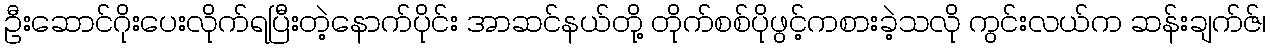
ဦးဆောင်ဂိုးပေးလိုက်ရပြီးတဲ့နောက်ပိုင်း အာဆင်နယ်တို့ တိုက်စစ်ပိုဖွင့်ကစားခဲ့သလို ကွင်းလယ်က ဆန်းချက်ဇ်၊